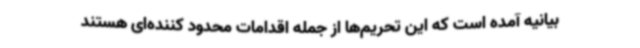
بیانیه آمده است که این تحریم‌ها از جمله اقدامات محدود کننده‌ای هستند